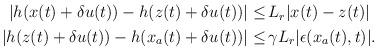
LaTeX: \begin{align*}\begin{aligned}|h(x(t)+\delta u(t))-h(z(t)+\delta u(t))| \le &\, L_r |x(t)-z(t)|\\|h(z(t)+\delta u(t))-h(x_a(t)+\delta u(t))|\le & \,\gamma L_r |\epsilon(x_a(t),t)|.\end{aligned}\end{align*}